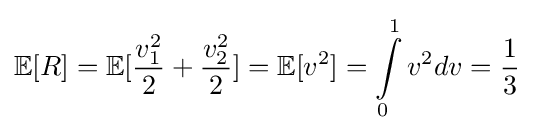
\mathbb {E} [R]=\mathbb {E} [{\frac {v_{1}^{2}}{2}}+{\frac {v_{2}^{2}}{2}}]=\mathbb {E} [v^{2}]=\int \limits _{0}^{1}v^{2}dv={\frac {1}{3}}